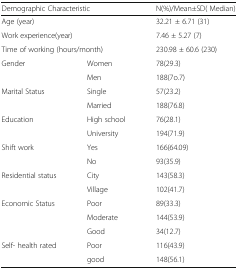
<table><thead><tr><td colspan="2"><b>Demographic Characteristic</b></td><td><b>N(%)/Mean±SD( Median)</b></td></tr></thead><tbody><tr><td colspan="2">Age (year)</td><td>32.21 ± 6.71 (31)</td></tr><tr><td colspan="2">Work experience(year)</td><td>7.46 ± 5.27 (7)</td></tr><tr><td colspan="2">Time of working (hours/month)</td><td>230.98 ± 60.6 (230)</td></tr><tr><td rowspan="2">Gender</td><td>Women</td><td>78(29.3)</td></tr><tr><td>Men</td><td>188(7o.7)</td></tr><tr><td rowspan="2">Marital Status</td><td>Single</td><td>57(23.2)</td></tr><tr><td>Married</td><td>188(76.8)</td></tr><tr><td rowspan="2">Education</td><td>High school</td><td>76(28.1)</td></tr><tr><td>University</td><td>194(71.9)</td></tr><tr><td rowspan="2">Shift work</td><td>Yes</td><td>166(64.09)</td></tr><tr><td>No</td><td>93(35.9)</td></tr><tr><td rowspan="2">Residential status</td><td>City</td><td>143(58.3)</td></tr><tr><td>Village</td><td>102(41.7)</td></tr><tr><td rowspan="3">Economic Status</td><td>Poor</td><td>89(33.3)</td></tr><tr><td>Moderate</td><td>144(53.9)</td></tr><tr><td>Good</td><td>34(12.7)</td></tr><tr><td rowspan="2">Self- health rated</td><td>Poor</td><td>116(43.9)</td></tr><tr><td>good</td><td>148(56.1)</td></tr></tbody></table>